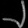
Digit: ၂